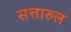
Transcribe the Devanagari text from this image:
सत्तारुल